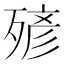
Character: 𣨹